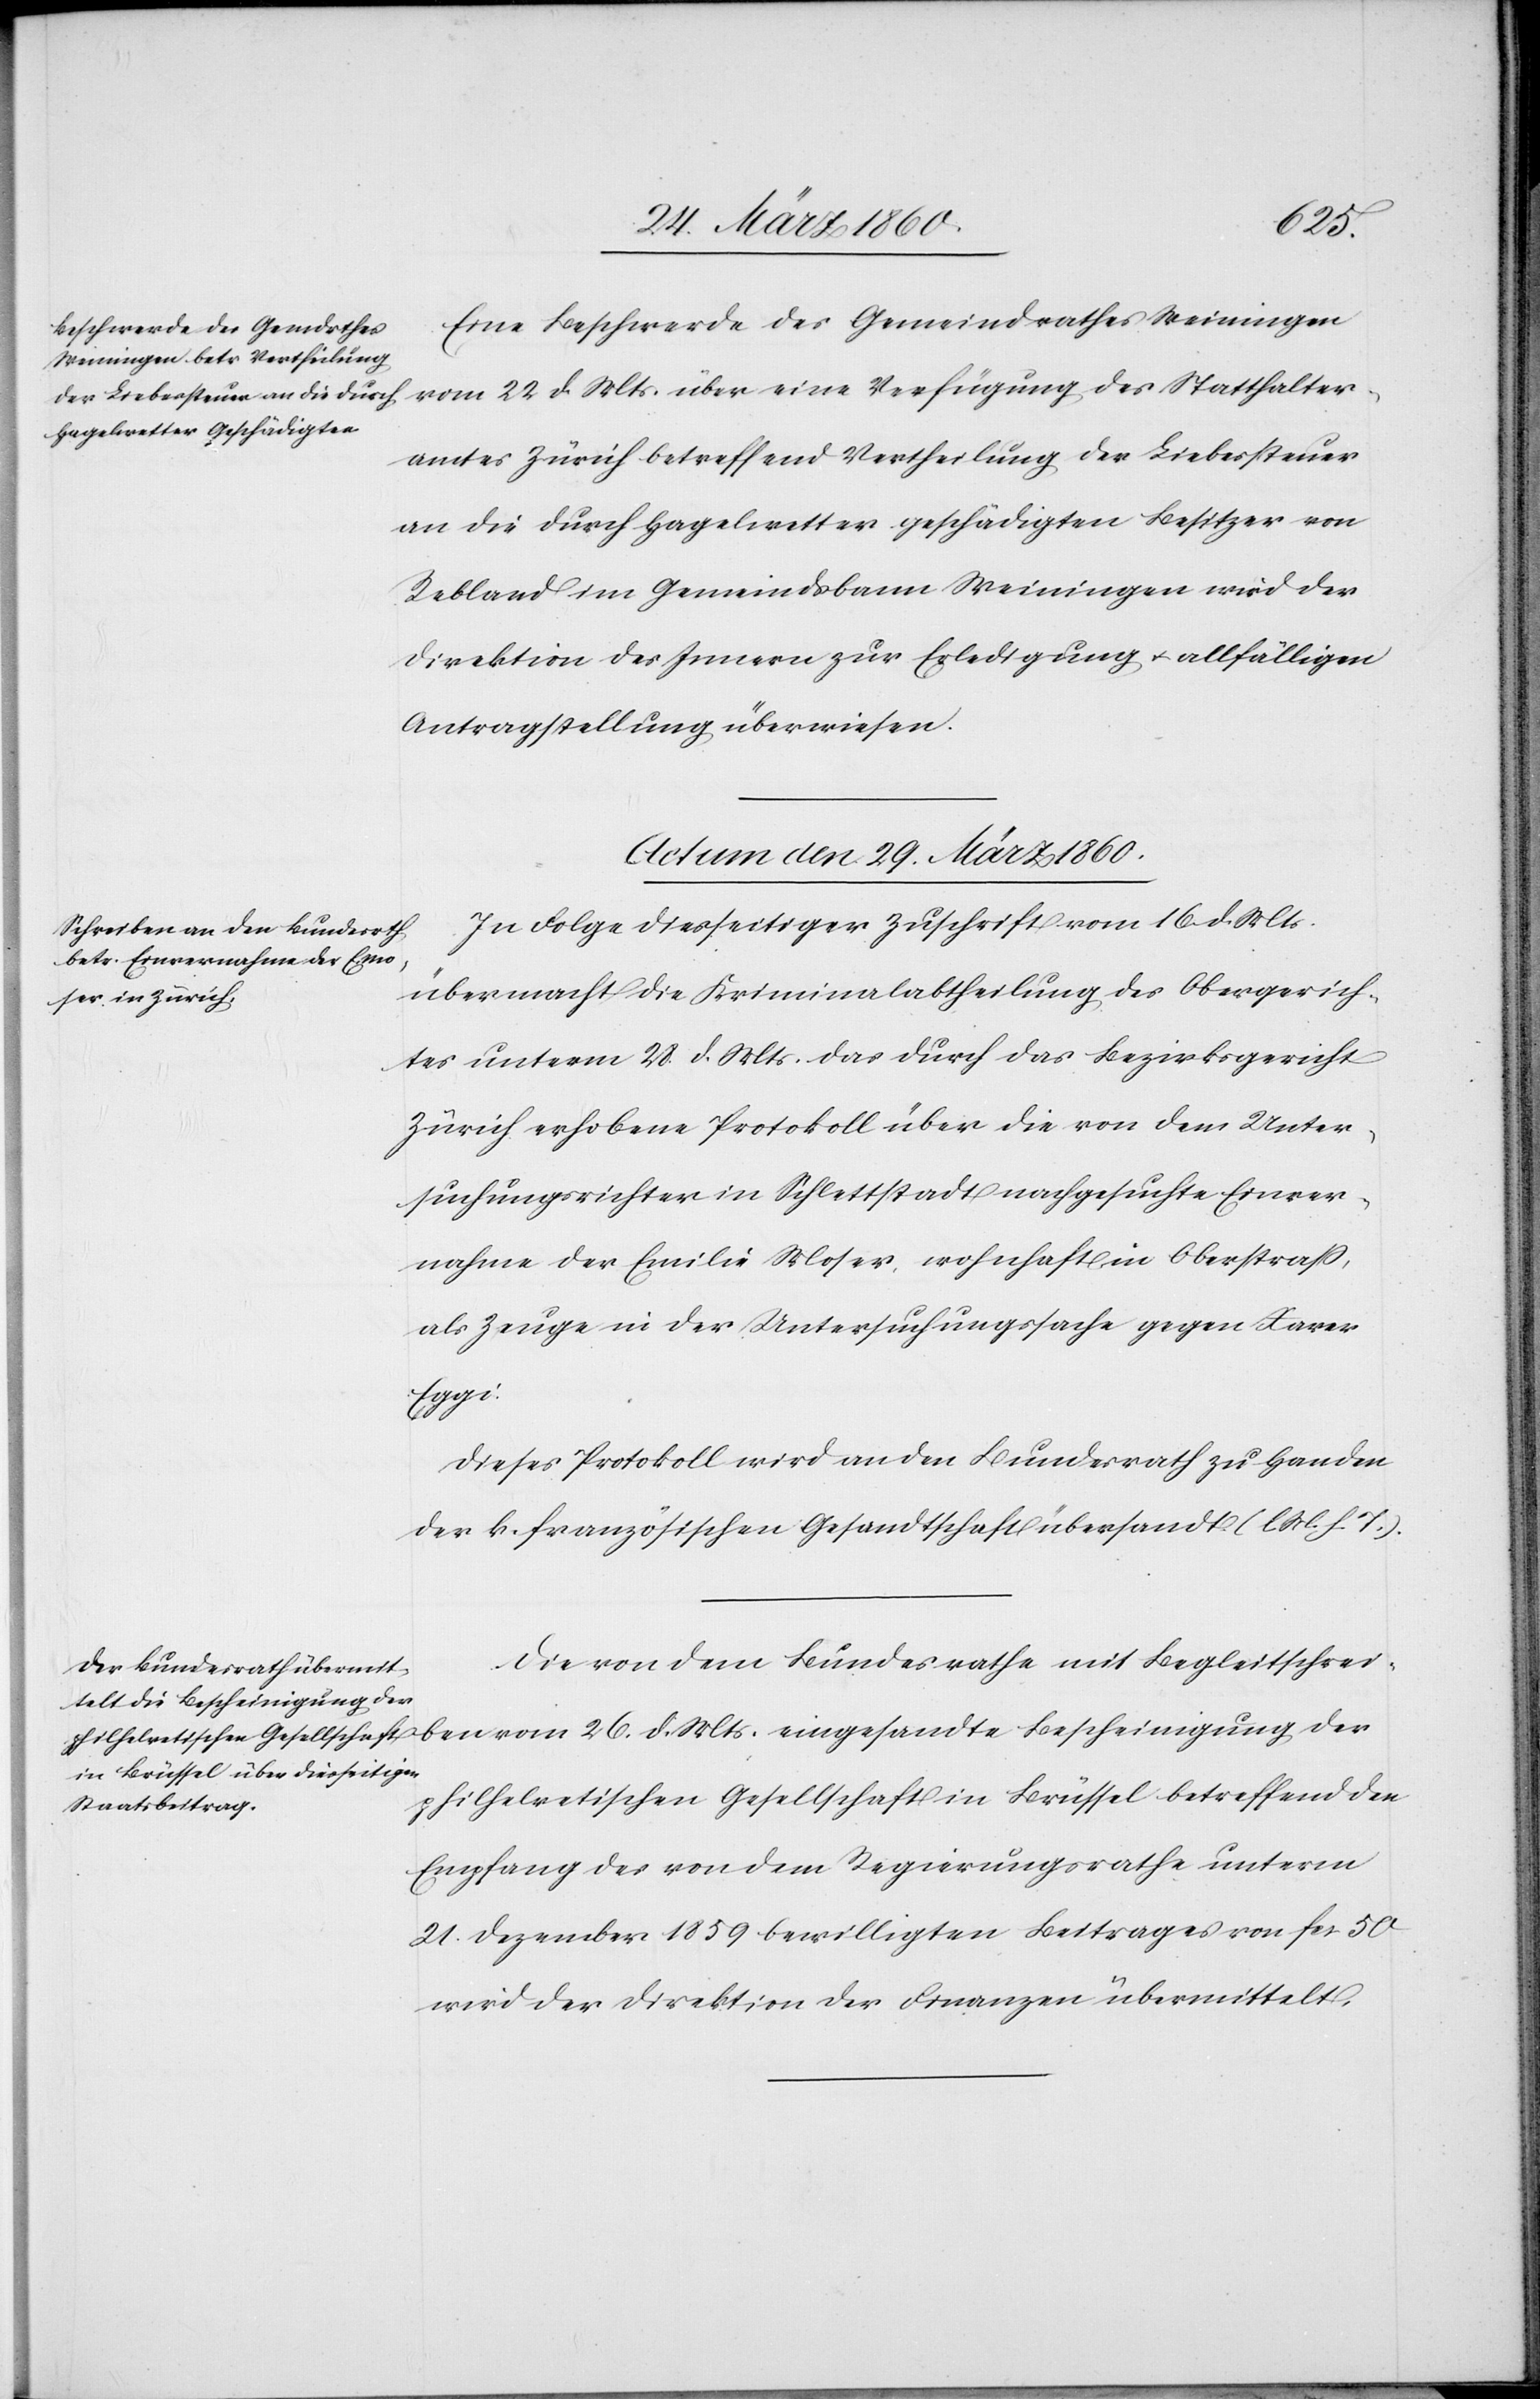
Eine Beschwerde des Gemeindrathes Weiningen
vom 22. d. Mts. über eine Verfügung des Statthalter¬
amtes Zürich betreffend Vertheilung der Liebessteuer
an die durch Hagelwetter geschädigten Besitzer von
Rebland im Gemeindsbann Weiningen wird der
Direktion des Innern zur Erledigung u. allfälligen
Antragstellung überwiesen.
Actum den 29. März 1860.]
In Folge diesseitiger Zuschrift vom 16. d. Mts.
übermacht die Kriminalabtheilung des Obergerich¬
tes unterm 28. d. Mts. das durch das Bezirksgericht
Zürich erhobene Protokoll über die von dem Unter¬
suchungsrichter in Schlettstadt nachgesuchte Einver¬
nahme der Emilie Moser, wohnhaft in Oberstrass,
als Zeuge in der Untersuchungssache gegen Xaver
eingesandte
Dieses Protokoll wird an den Bundesrath zu Handen
der k. französischen Gesandtschaft übersandt. [l. M. h. T]
Die von dem Bundesrathe mit Begleitschrei¬
philhelvetischen Gesellschaft in Brüssel betreffend den
Empfang des von dem Regierungsrathe unterm
21. Dezember 1859 bewilligten Beitrages von fcs. 50
wird der Direktion der Finanzen übermittelt.